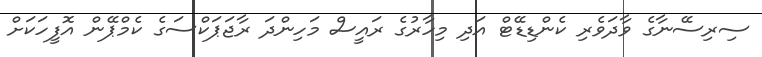
ސިރިސޭނާގެ ވާދަވެރި ކެންޑިޑޭޓް އަދި މިހާރުގެ ރައީސް މަހިންދަ ރާޖަޕަކްސަގެ ކެމްޕޭން އޮފީހަކަށް